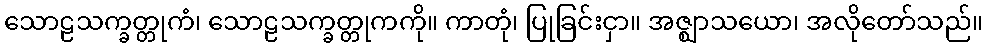
သောဠသက္ခတ္တုကံ၊ သောဠသက္ခတ္တုကကို။ ကာတုံ၊ ပြုခြင်းငှာ။ အဇ္ဈာသယော၊ အလိုတော်သည်။